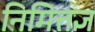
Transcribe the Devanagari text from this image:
निमित्तज्ञ